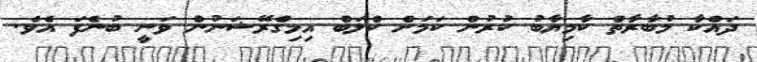
ދައްކާ މުބާރާތް ކާމިޔާބު ކުރުން ކަމަށް ކްލަބް އިމިގްރޭޝަނުން ވަނީ ބުނެފަ އެވެ.